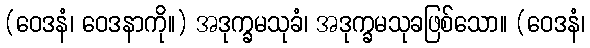
(ဝေဒနံ၊ ဝေဒနာကို။) အဒုက္ခမသုခံ၊ အဒုက္ခမသုခဖြစ်သော။ (ဝေဒနံ၊